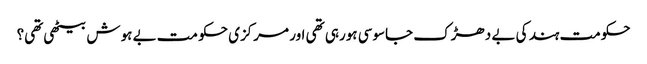
حکومت ہند کی بے دھڑک جاسوسی ہورہی تھی اور مرکزی حکو مت بے ہوش بیٹھی تھی؟